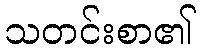
သတင်းစာ၏